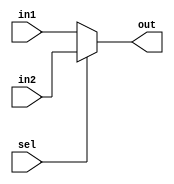
module MUX_2to1 (out, in1, in2, sel);
    output reg [31: 0] out;
    input [31: 0] in1, in2;
    input sel;

    always @ (*)
    begin
        if (sel) out <= in2;
        else out <= in1;
    end
endmodule

module MUX_4to1 (out, in1, in2, in3, in4, sel);
    output [31: 0] out;
    input [31: 0] in1, in2, in3, in4;
    input [1: 0] sel;
    wire [31: 0] MUX1_out, MUX2_out;
    
    MUX_2to1 MUX1(MUX1_out, in1, in2, sel[0]);
    MUX_2to1 MUX2(MUX2_out, in3, in4, sel[0]);
    MUX_2to1 MUX3(out, MUX1_out, MUX2_out, sel[1]);
endmodule

module DECODER_2to4 (
    out, in
);
    input [1: 0] in;
    output reg [3: 0] out;
    
    always @ (*)
    begin
        case(in)
        0: out <= 4'b0001;
        1: out <= 4'b0010;
        2: out <= 4'b0100;
        3: out <= 4'b1000;
        endcase
    end
endmodule

module D_FLIP_FLOP(
    q, d, clock, reset
);
    output reg q;
    input d, clock, reset;

    always @ (posedge clock)
    begin
        if (reset) q <= 0;
        else q <= d;
    end
endmodule


module REGISTER_32bit (q, d, clock, reset);
    input [31: 0] d;
    output [31: 0] q;
    input clock, reset;

    genvar j;

    generate for (j = 0; j<32; j = j + 1) begin: REGISTER_LOOP
        D_FLIP_FLOP DJ(q[j], d[j], clock, reset);
    end
    endgenerate
endmodule

module REGISTER_FILE (
    readReg1, readReg2, readData1, readData2,
    writeReg, writeData, RegWrite, clock, reset
);

    //DECLARE THE PORTS
    input [1: 0] readReg1, readReg2, writeReg;
    output [31: 0] readData1, readData2;
    input [31: 0] writeData;
    input RegWrite, clock, reset;
    wire [3: 0] DecoderOut;

    //CLOCK SIGNALS
    wire [3: 0] registerClocks;
    wire[31: 0] reg1Out, reg2Out, reg3Out, reg4Out;
    wire clockWriteSignal;

    and A0 (clockWriteSignal, clock, RegWrite);

    genvar j;
    generate for (j = 0; j < 4; j = j + 1) begin: clock_loop
        and Aj (registerClocks[j], clockWriteSignal, DecoderOut[j]);
    end
    endgenerate

    //INSTANTIATE THE DECODER
    DECODER_2to4 DECODER (
        DecoderOut, writeReg
    );

    //INSTANTATE THE TWO MUXEES
    MUX_4to1 MUX1(
        readData1,
        reg1Out, reg2Out, reg3Out, reg4Out,
        readReg1
    );

    MUX_4to1 MUX2(
        readData2, 
        reg1Out, reg2Out, reg3Out, reg4Out,
        readReg2
    );

    //DECLARE THE REGISTERS
    REGISTER_32bit R0(reg1Out, writeData, clock, reset);
    REGISTER_32bit R1(reg2Out, writeData, clock, reset);
    REGISTER_32bit R2(reg3Out, writeData, clock, reset);
    REGISTER_32bit R3(reg4Out, writeData, clock, reset);
    

endmodule

module RF_test;
    reg clock, reset, write;
    reg [31: 0] writeData;
    reg [1: 0] readReg1, readReg2, writeReg;
    wire [31: 0] readData1, readData2;

    REGISTER_FILE RF(
    readReg1, readReg2, readData1, readData2,
    writeReg, writeData, write, clock, reset
    );

    initial begin
        clock = 1'b0; reset = 1;
        #2 clock = 1'b1; reset = 0;
        #2 reset = 1; clock = 1'b0;
    end

    always #5 clock = ~clock;

    initial
    begin
            $monitor($time, "READREG1 = %d, READREG2 = %d, WRITEREG = %d, READDATA1 = %d, READDATA2 = %d, WRITEDATA = %d", readReg1, readReg2, writeReg, readData1, readData2, writeData);
            #5 writeData = 32'hABCD; writeReg = 0;
            #1 readReg1 = 0; 
            #4 writeData = 32'h1234; writeReg = 1;
            #1 readReg1 = 0; readReg2 = 1;
            #100 $finish;
    end
endmodule